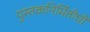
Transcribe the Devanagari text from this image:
पुस्तकनिर्मितीची